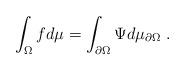
LaTeX: \begin{align*} \int_{\Omega} f d\mu = \int_{\partial \Omega} \Psi d\mu_{\partial \Omega} ~.\end{align*}